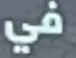
في